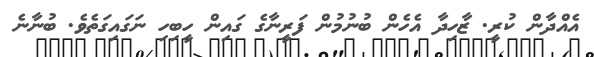
އެއްދާން ކުރީ. ޒާހިދާ އެހެން ބުނުމުން ފަރީނާގެ ގައިން ހީބިހި ނަގައިގަތެވެ. ބުނާނެ